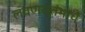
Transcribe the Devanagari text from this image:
लवणस्तंभाचे